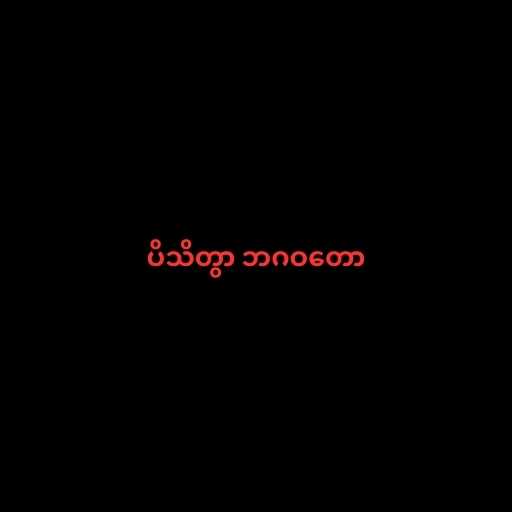
ပိသိတွာ ဘဂဝတော